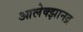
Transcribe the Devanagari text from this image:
आलेक्झानद्र